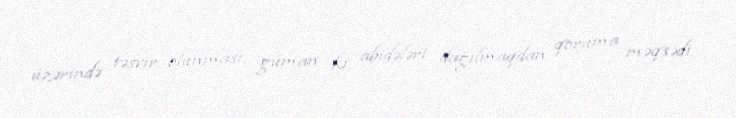
üzərində təsvir olunması, güman ki, abidələri dağılmaqdan qoruma məqsədi